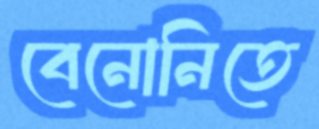
বেনোনিতে